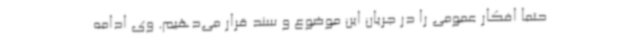
حتما افکار عمومی را در جریان این موضوع و سند قرار می‌دهیم. وی ادامه